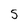
Character: 5